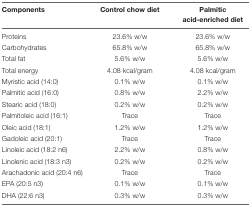
<table><thead><tr><td><b>Components</b></td><td><b>Control chow diet</b></td><td><b>Palmitic acid-enriched diet</b></td></tr></thead><tbody><tr><td>Proteins</td><td>23.6% w/w</td><td>23.6% w/w</td></tr><tr><td>Carbohydrates</td><td>65.8% w/w</td><td>65.8% w/w</td></tr><tr><td>Total fat</td><td>5.6% w/w</td><td>5.6% w/w</td></tr><tr><td>Total energy</td><td>4.08 kcal/gram</td><td>4.08 kcal/gram</td></tr><tr><td>Myristic acid (14:0)</td><td>0.1% w/w</td><td>0.1% w/w</td></tr><tr><td>Palmitic acid (16:0)</td><td>0.8% w/w</td><td>2.2% w/w</td></tr><tr><td>Stearic acid (18:0)</td><td>0.2% w/w</td><td>0.2% w/w</td></tr><tr><td>Palmitoleic acid (16:1)</td><td>Trace</td><td>Trace</td></tr><tr><td>Oleic acid (18:1)</td><td>1.2% w/w</td><td>1.2% w/w</td></tr><tr><td>Gadoleic acid (20:1)</td><td>Trace</td><td>Trace</td></tr><tr><td>Linoleic acid (18:2 n6)</td><td>2.2% w/w</td><td>0.8% w/w</td></tr><tr><td>Linolenic acid (18:3 n3)</td><td>0.2% w/w</td><td>0.2% w/w</td></tr><tr><td>Arachadonic acid (20:4 n6)</td><td>Trace</td><td>Trace</td></tr><tr><td>EPA (20:5 n3)</td><td>0.1% w/w</td><td>0.1% w/w</td></tr><tr><td>DHA (22:6 n3)</td><td>0.3% w/w</td><td>0.3% w/w</td></tr></tbody></table>